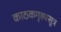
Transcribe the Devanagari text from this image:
काठकगृह्यसूत्र